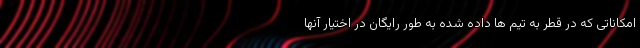
امکاناتی که در قطر به تیم ها داده شده به طور رایگان در اختیار آنها